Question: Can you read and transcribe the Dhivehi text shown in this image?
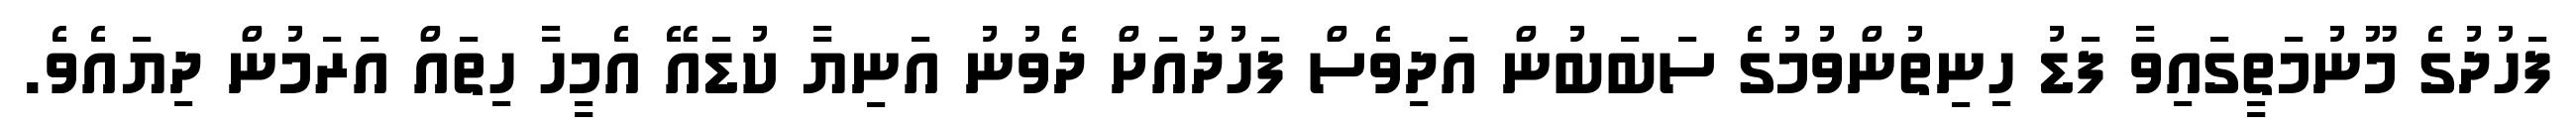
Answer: ފަހުދުގެ މޫނުމަތީގައިވާ ފަޑު ހިނިތުންވުމުގެ ސަބަބުން އަދިވެސް ފަހުދުއަށް ދެވުނު އަނިޔާ ކުޑައޭ އެމީހާ ހިތައް އަރަމުން ދިޔައެވެ.